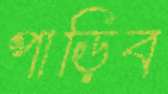
পাড়িব